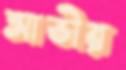
আভীর